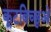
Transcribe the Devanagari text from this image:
कूटबिच्छुओं